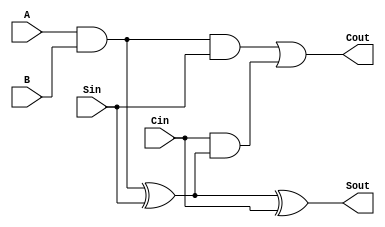
module CSA(Sout, Cout, Sin, A, B, Cin);

output Sout, Cout;
input A, B, Sin, Cin;

wire combine;

assign combine = A && B;
assign Sout = combine ^ Sin ^ Cin;
assign Cout = (combine && Sin) || (Cin && (combine ^ Sin));

endmodule